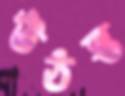
উঠন্ত